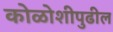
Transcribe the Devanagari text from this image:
कोळोशीपुढील